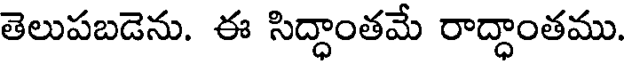
తెలుపబడెను. ఈ సిద్ధాంతమే రాద్ధాంతము.